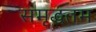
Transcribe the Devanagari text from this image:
समृद्धतम